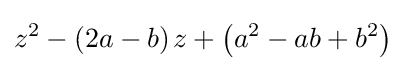
z^{2}-(2a-b)\;\!z+\left(a^{2}-ab+b^{2}\right)~